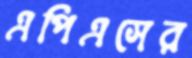
এপিএসের